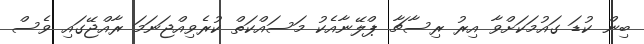
ބިން ކުޑަ ގައުމަކަށްވާ އިރު ރިސާޗާ ޕްލޭނާއެކު މަސައްކަތް ކުރެވިއްޖަނަމަ ރާއްޖޭގައި ވެސް